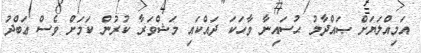
އަމިއްލަޔަށް ޞައްދާމު ޙުސައިނާ ވާހަކަ ދައްކައި މަޝްވަރާ ކުރުން ކަމަށް ވެސް ޢަބްދު